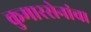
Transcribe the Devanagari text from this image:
कुमारसेनांचा